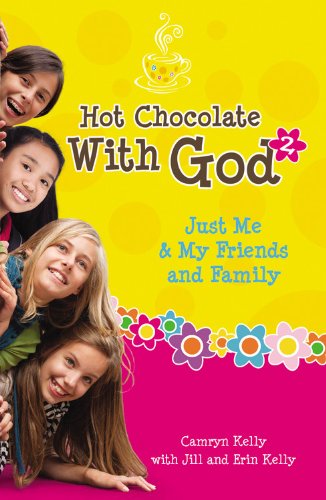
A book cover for Hot Chocolate With God #2: Just Me & My Friends and Family; Camryn Kelly; Children's Books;